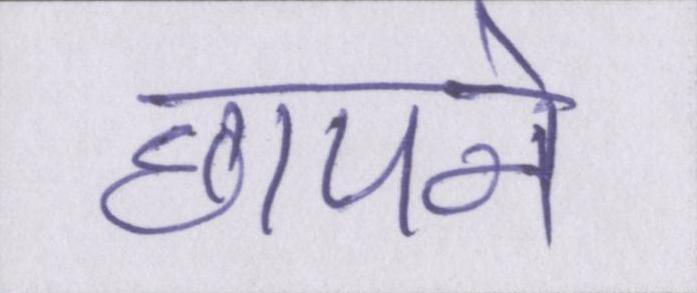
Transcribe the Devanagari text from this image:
छापने